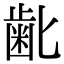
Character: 𮮾